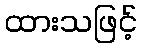
ထားသဖြင့်